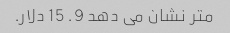
متر نشان می دهد 9. 15 دلار.